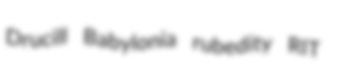
Drucill Babylonia rubedity RIT